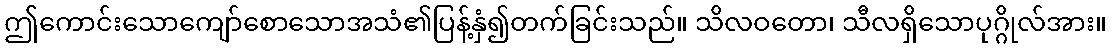
ဤကောင်းသောကျော်စောသောအသံ၏ပြန့်နှံ၍တက်ခြင်းသည်။ သိလဝတော၊ သီလရှိသောပုဂ္ဂိုလ်အား။